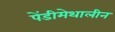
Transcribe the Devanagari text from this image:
पेंडीमेथालीन